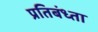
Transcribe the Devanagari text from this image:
प्रतिबंध्ता